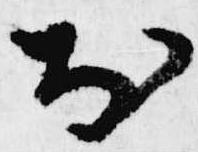
於